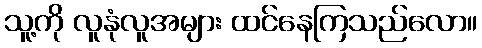
သူ့ကို လူနုံလူအများ ထင်နေကြသည်လော။